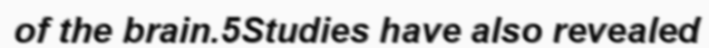
of the brain.5Studies have also revealed